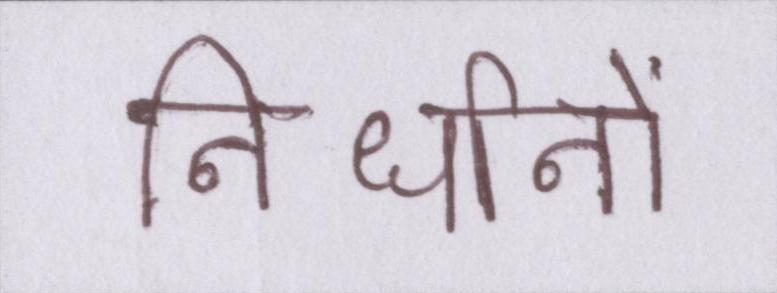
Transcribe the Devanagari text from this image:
निर्धानों